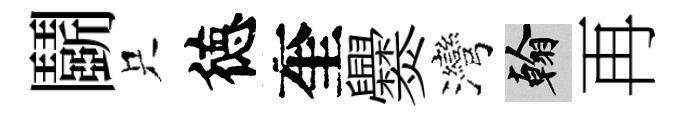
鬬只徳奎爨灣翰再